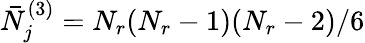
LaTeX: \bar{N}_{j}^{(3)}=N_{r}(N_{r}-1)(N_{r}-2)/6